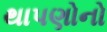
થાપણોનો